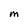
Character: M